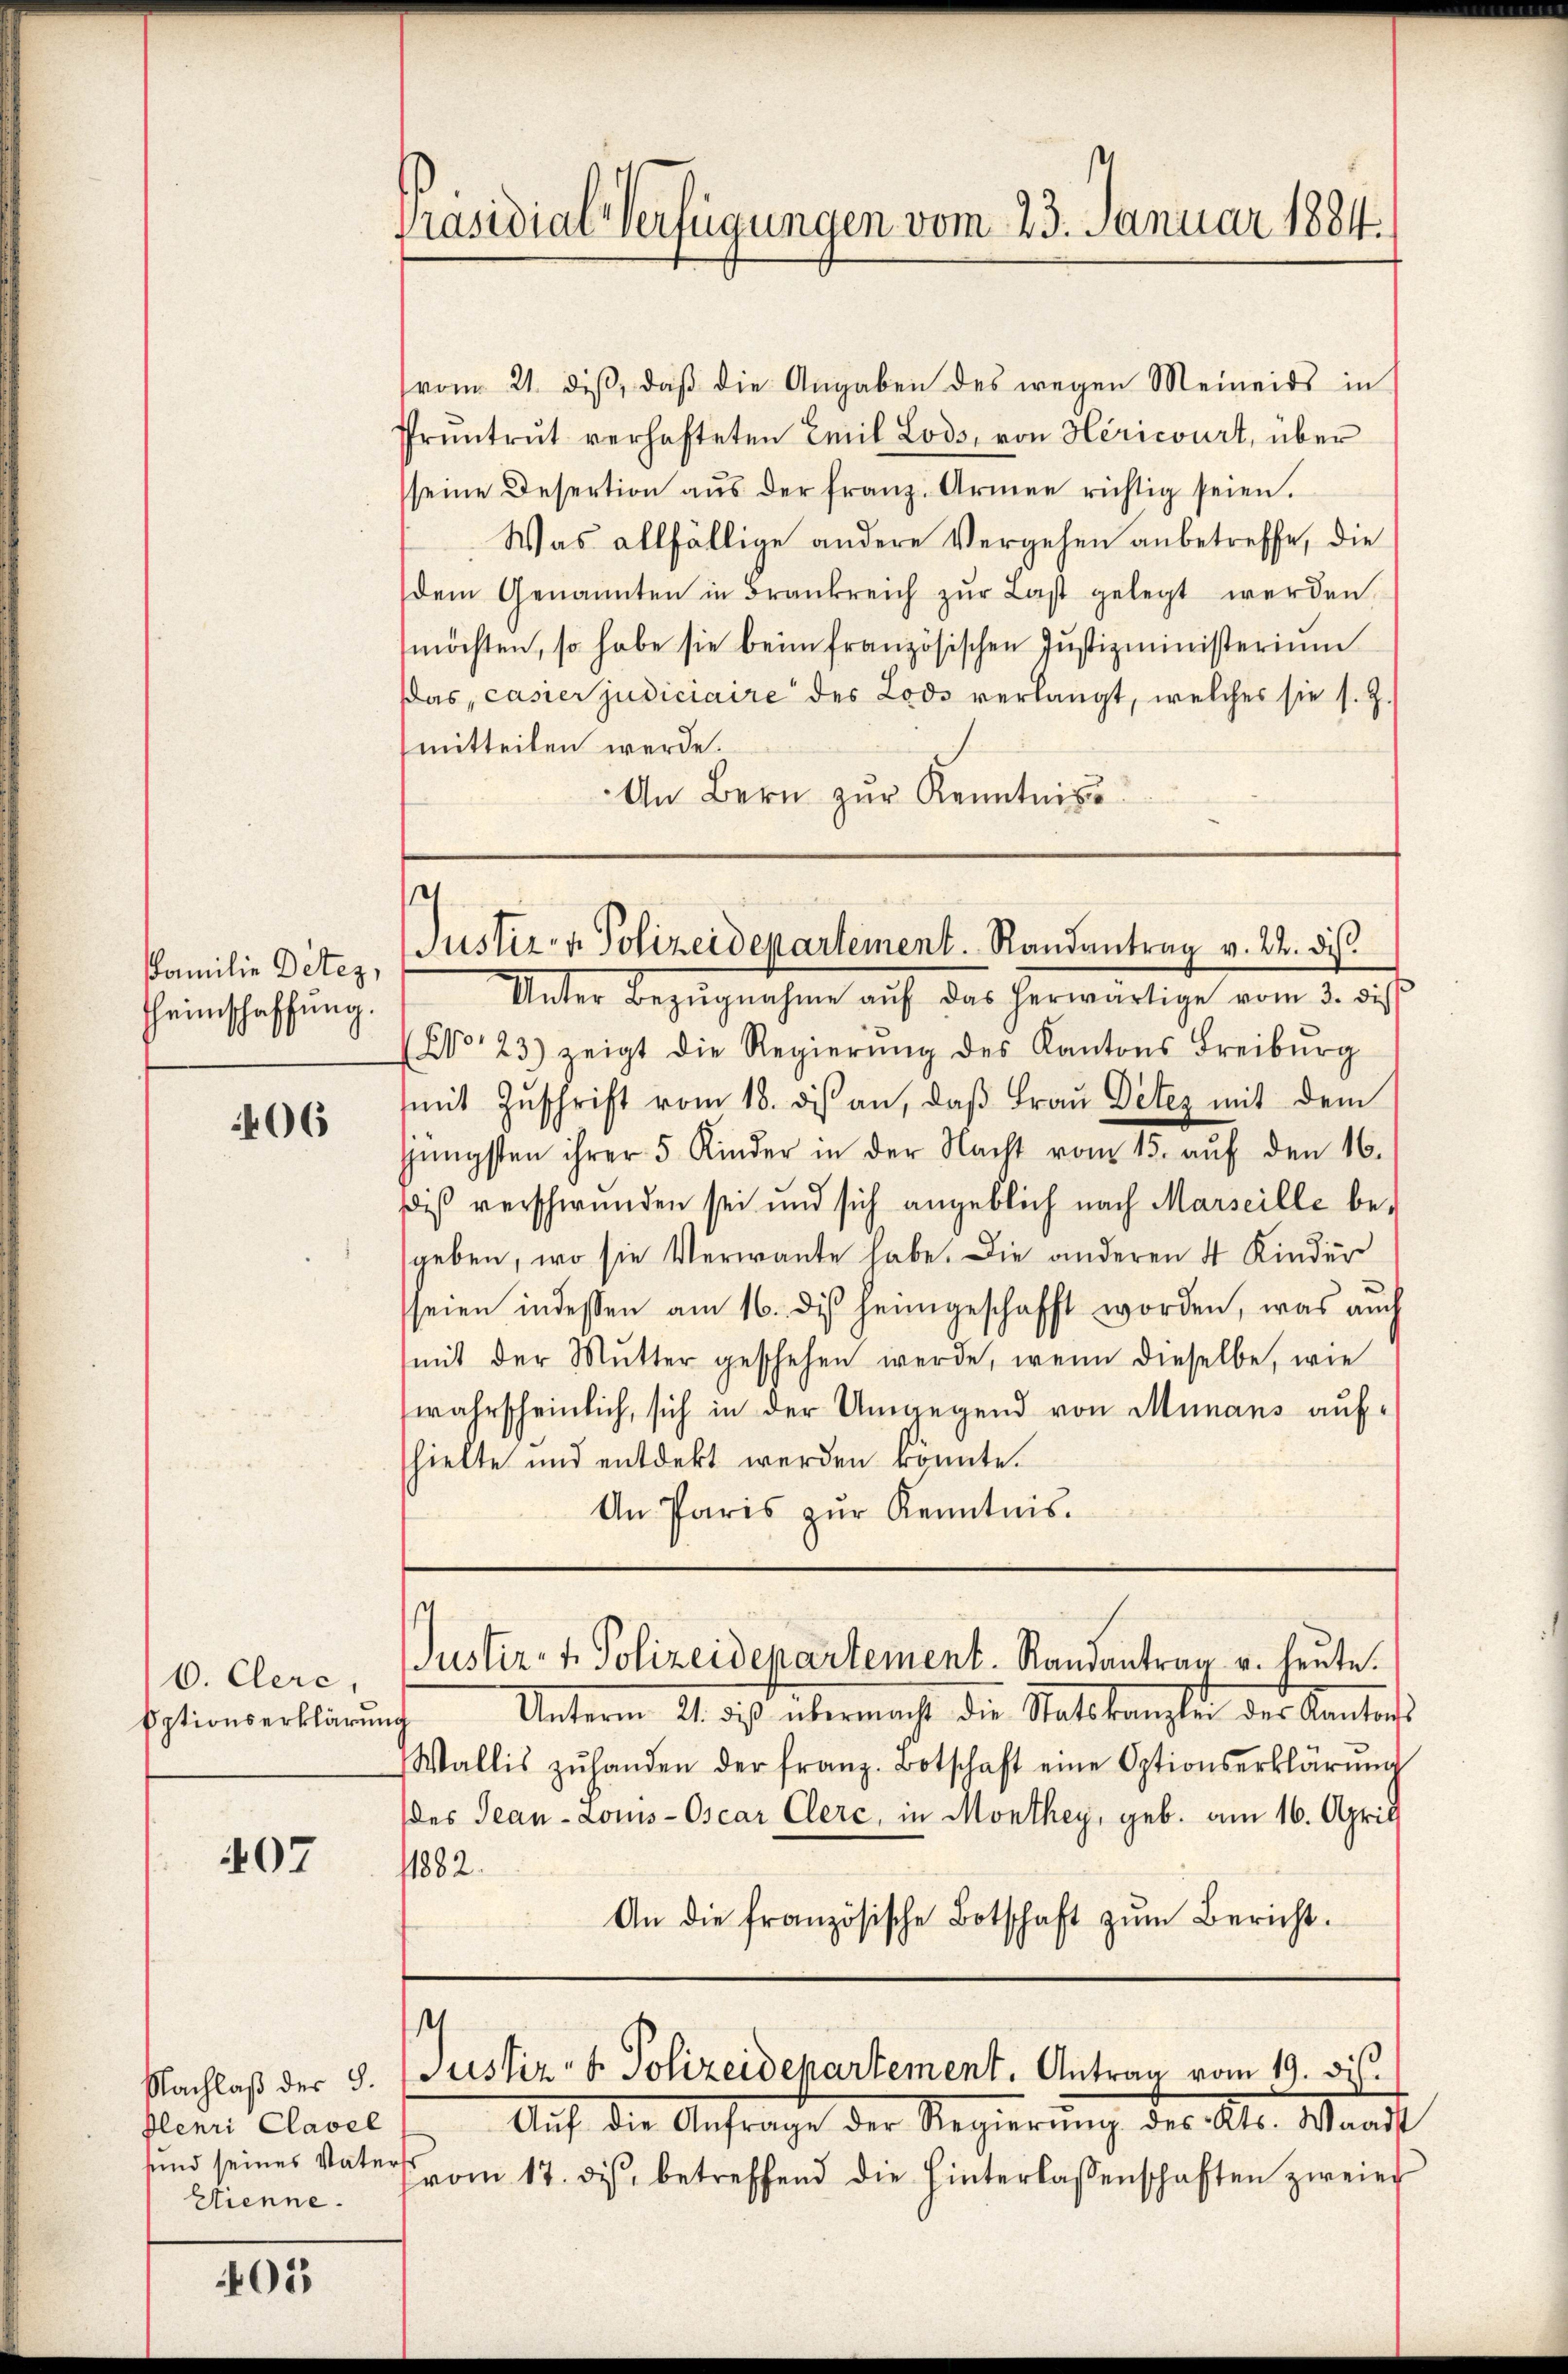
Familie Detez,
Hheimschaffung.

06

6. Cere,
Optionserklärung

407

Henri Clavel
Etienne.

405

Präsidial-Verfügungen vom 23. Januar 1884.

vom 21. diβ, daβ die Angaben des wegen Meineids in
Pruntrut verhafteten Emil Lods, von Hericourt, über
seine Desertion aŭs der franz. Armen richtig seien.
Was allfällige andere Vergehen anbetreffe, die
dem Genannten in Brankreich zŭr Last gelegt werden.
möchten, so habe sie beim französischen Justizministerium
Das casier judiciaire des Lods verlangt, welches sie s. Z.
mitteilen werde.
An Bern zŭr Kenntniss

e
Justiz- & Polizeidepartement. Randantrag v. 22. ds.

s

Unter Bezŭgnahme auf das herwärtige vom 3. die
(No. 23) zeigt die Regierŭng des Kantons Freiburg
mit Zŭschrift vom 18. des an, daβ Frau Detez mit dem
jüngsten ihrer 5 Kinder in der Nacht vom 15. aŭf den 16.
dis verschwunden sei und sich angeblich nach Marseille be-
geben, wo sie Verwante habe. Die anderen 4 Kinder
seien indessen am 16. des heimgeschafft worden, was auch
mit der Mŭtter geschehen werde, wenn dieselbe, wie
wahrscheinlich, sich in der Umgegend von Munans aufhielte und entdekt werden könnte.
An Paris zur Kenntnis.

.
Justiz- & Polizeidepartement. Randantrag u. heute.

Unterm 21. dieß übermacht die Statskanzlei des Kantons¬
Wallis zŭ handen der franz. Botschaft eine Optionserklärŭng
des Jean - Louis-Oscar Clerc, in Monthey, geb. am 16. April
1882.
An die französische Botschaft zŭm Bericht.

Auf die Anfrage der Regierung des Kts. Waadt
sund seines Vaters vom 17. dis, betreffend die hinterlassenschaften zweier

Nachlaß der 8. Justiz- & Polizeidepartement. Antrag vom 19. ds.